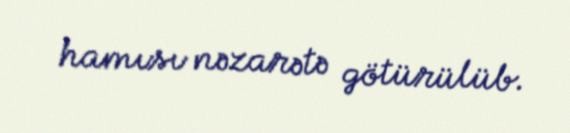
hamısı nəzarətə götürülüb.